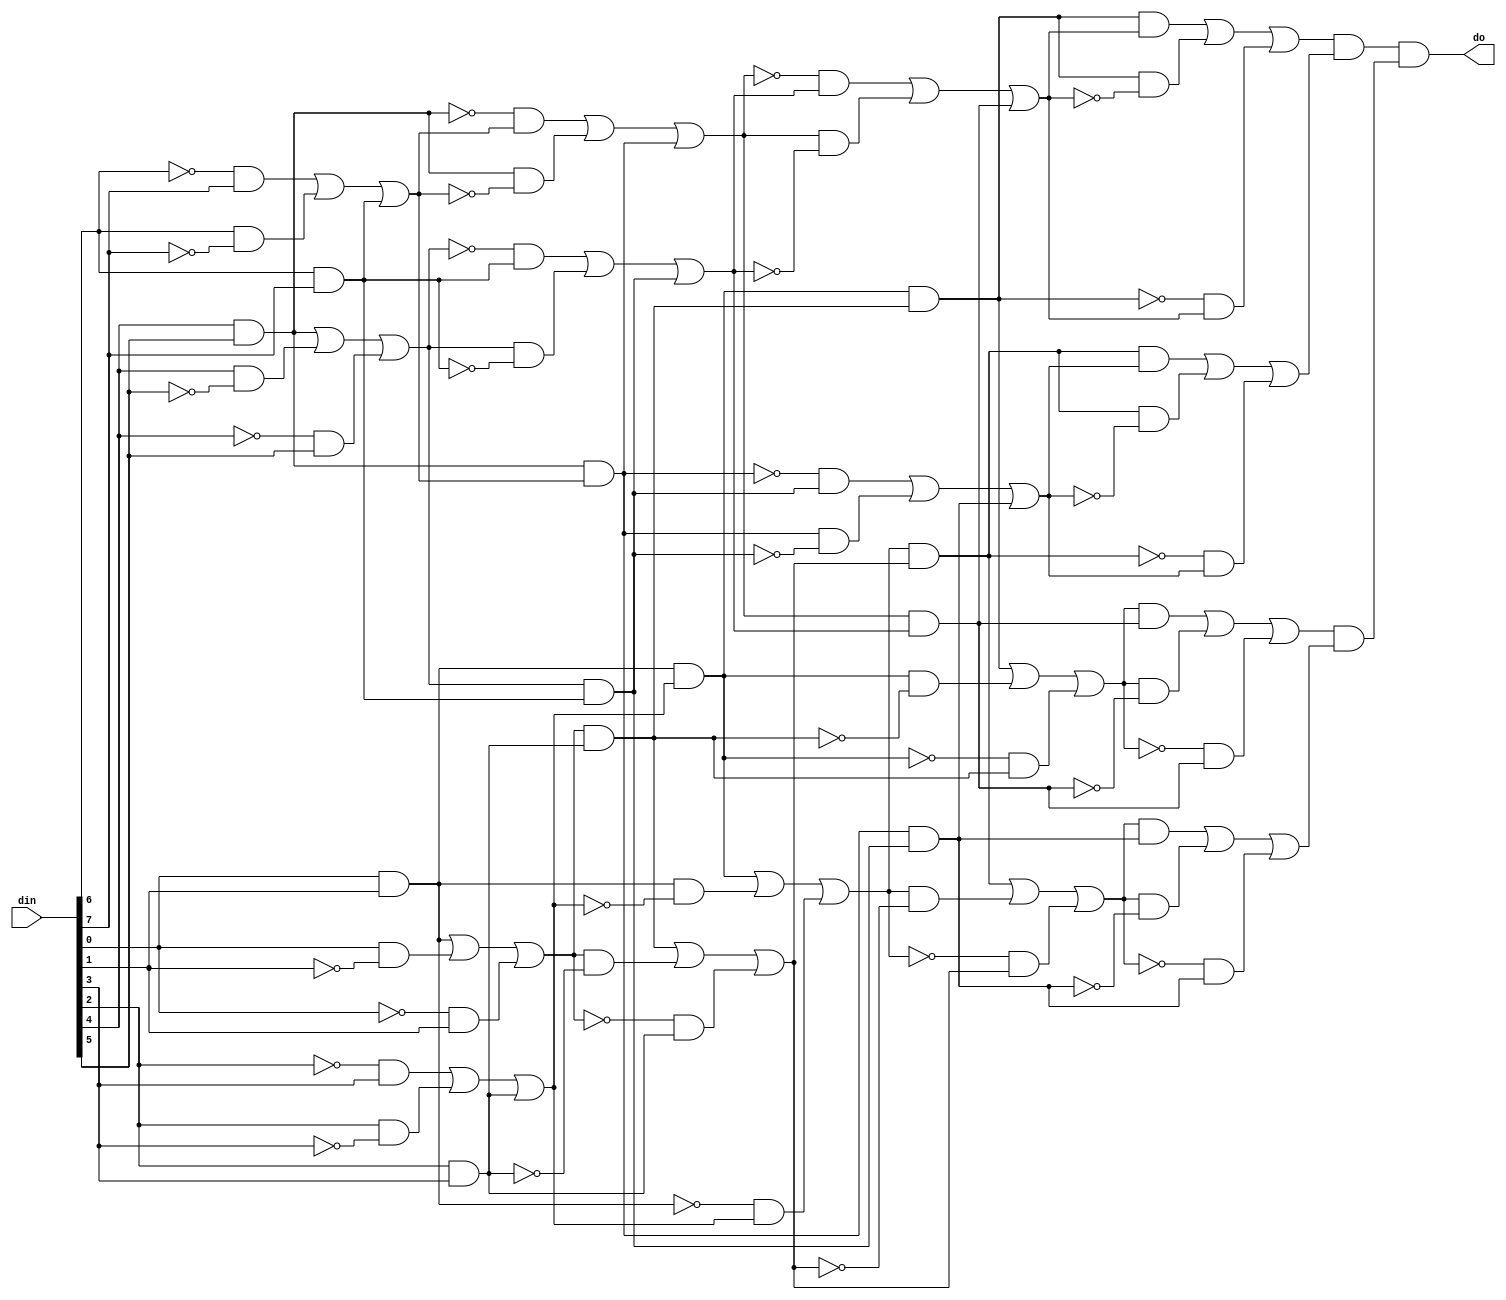
`timescale 1ns / 1ps
//////////////////////////////////////////////////////////////////////////////////
// Company: 
// 
// Design Name: 
// Module Name: majority
// Project Name: majority
// Target Devices:
// Tool Versions:
// Description: Majority Function
// Dependencies:
// Revision:
// Revision 0.01 - File Created
// Additional Comments: based on sorting network
// License: MIT
//  Copyright (c) 2020 Dmitry Matyunin
//  Permission is hereby granted, free of charge, to any person obtaining a copy
//  of this software and associated documentation files (the "Software"), to deal
//  in the Software without restriction, including without limitation the rights
//  to use, copy, modify, merge, publish, distribute, sublicense, and/or sell
//  copies of the Software, and to permit persons to whom the Software is
//  furnished to do so, subject to the following conditions:
//
//  The above copyright notice and this permission notice shall be included in
//  all copies or substantial portions of the Software.
//
//  THE SOFTWARE IS PROVIDED "AS IS", WITHOUT WARRANTY OF ANY KIND, EXPRESS OR
//  IMPLIED, INCLUDING BUT NOT LIMITED TO THE WARRANTIES OF MERCHANTABILITY
//  FITNESS FOR A PARTICULAR PURPOSE AND NONINFRINGEMENT. IN NO EVENT SHALL THE
//  AUTHORS OR COPYRIGHT HOLDERS BE LIABLE FOR ANY CLAIM, DAMAGES OR OTHER
//  LIABILITY, WHETHER IN AN ACTION OF CONTRACT, TORT OR OTHERWISE, ARISING FROM,
//  OUT OF OR IN CONNECTION WITH THE SOFTWARE OR THE USE OR OTHER DEALINGS IN
//  THE SOFTWARE.
// 
//////////////////////////////////////////////////////////////////////////////////

module majority #(
	parameter DATA_WIDTH = 8
)
(
	input wire [DATA_WIDTH-1:0]din,
	output wire do
);

localparam AC = 2**$clog2(DATA_WIDTH);
localparam AD = AC-DATA_WIDTH;
localparam SS = $clog2(AC);

wire [AC-1:0]sd[SS:0];
wire [AC-1:0]tdo;
wire [DATA_WIDTH-1:0]td;

genvar ss, b, bs, n, c;

assign sd[0] = {din,{AD{1'b0}}};
assign tdo = sd[SS];
assign td = tdo[AC-1-:DATA_WIDTH];
assign do = td[DATA_WIDTH/2];

generate for (ss = 0; ss < SS; ss = ss + 1) begin
	localparam BN = AC/2**(ss+1);
	localparam BO = ss;
	wire [AC-1:0]sdi;
	wire [AC-1:0]sdo;
	assign sdi = sd[ss];
	assign sd[ss+1] = sdo;
	
	for (b = 0; b < BN; b = b + 1) begin
		localparam BDW = 2**(BO+1);
		localparam BP = b&1;
		localparam BS = BO+1;
		localparam BSDW = 2**(BO+1);
		wire [BDW-1:0]bdi;
		wire [BDW-1:0]bdo;
		wire [2**(BO+1)-1:0]bsd[BS:0];
		assign bdi = sdi[BDW*(b+1)-1-:BDW];
		assign sdo[BDW*(b+1)-1-:BDW] = bdo;
		assign bsd[0] = bdi;
		assign bdo = bsd[BS];

		for (bs = 0; bs < BS; bs = bs + 1) begin
			localparam NC = 2**bs;
			localparam NO = BS-bs-1;
			wire [BSDW-1:0]bsdi;
			wire [BSDW-1:0]bsdo;
			assign bsdi = bsd[bs];
			assign bsd[bs+1] = bsdo;
				
			for (n = 0; n < NC; n = n + 1) begin
				localparam NDW = 2**(NO+1);
				localparam CN = 2**NO;
				wire [NDW-1:0]ndi;
				wire [NDW-1:0]ndo;
				assign ndi = bsdi[NDW*(n+1)-1-:NDW];
				assign bsdo[NDW*(n+1)-1-:NDW] = ndo;
				
				for (c = 0; c < CN; c = c + 1) begin
					wire a, b;
					assign a = ndi[c+CN*0];
					assign b = ndi[c+CN*1];
					assign ndo[c+CN*0-:1] = (~BP&a&b)|(BP&~a&b)|(BP&a&~b)|(BP&a&b);
					assign ndo[c+CN*1-:1] = (~BP&a&b)|(~BP&a&~b)|(~BP&~a&b)|(BP&a&b);
				end
			end
		end
	end
end endgenerate

endmodule